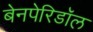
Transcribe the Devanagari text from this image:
बेनपेरिडॉल